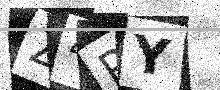
Text: Z4PY